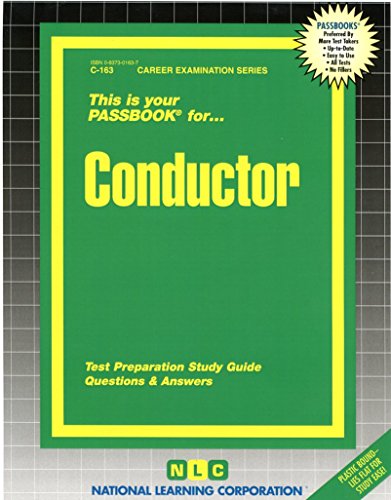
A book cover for Conductor (Career Examination Series, C-163); Jack Rudman; Test Preparation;